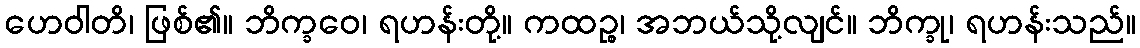
ဟေဝါတိ၊ ဖြစ်၏။ ဘိက္ခဝေ၊ ရဟန်းတို့။ ကထဉ္စ၊ အဘယ်သို့လျင်။ ဘိက္ခု၊ ရဟန်းသည်။